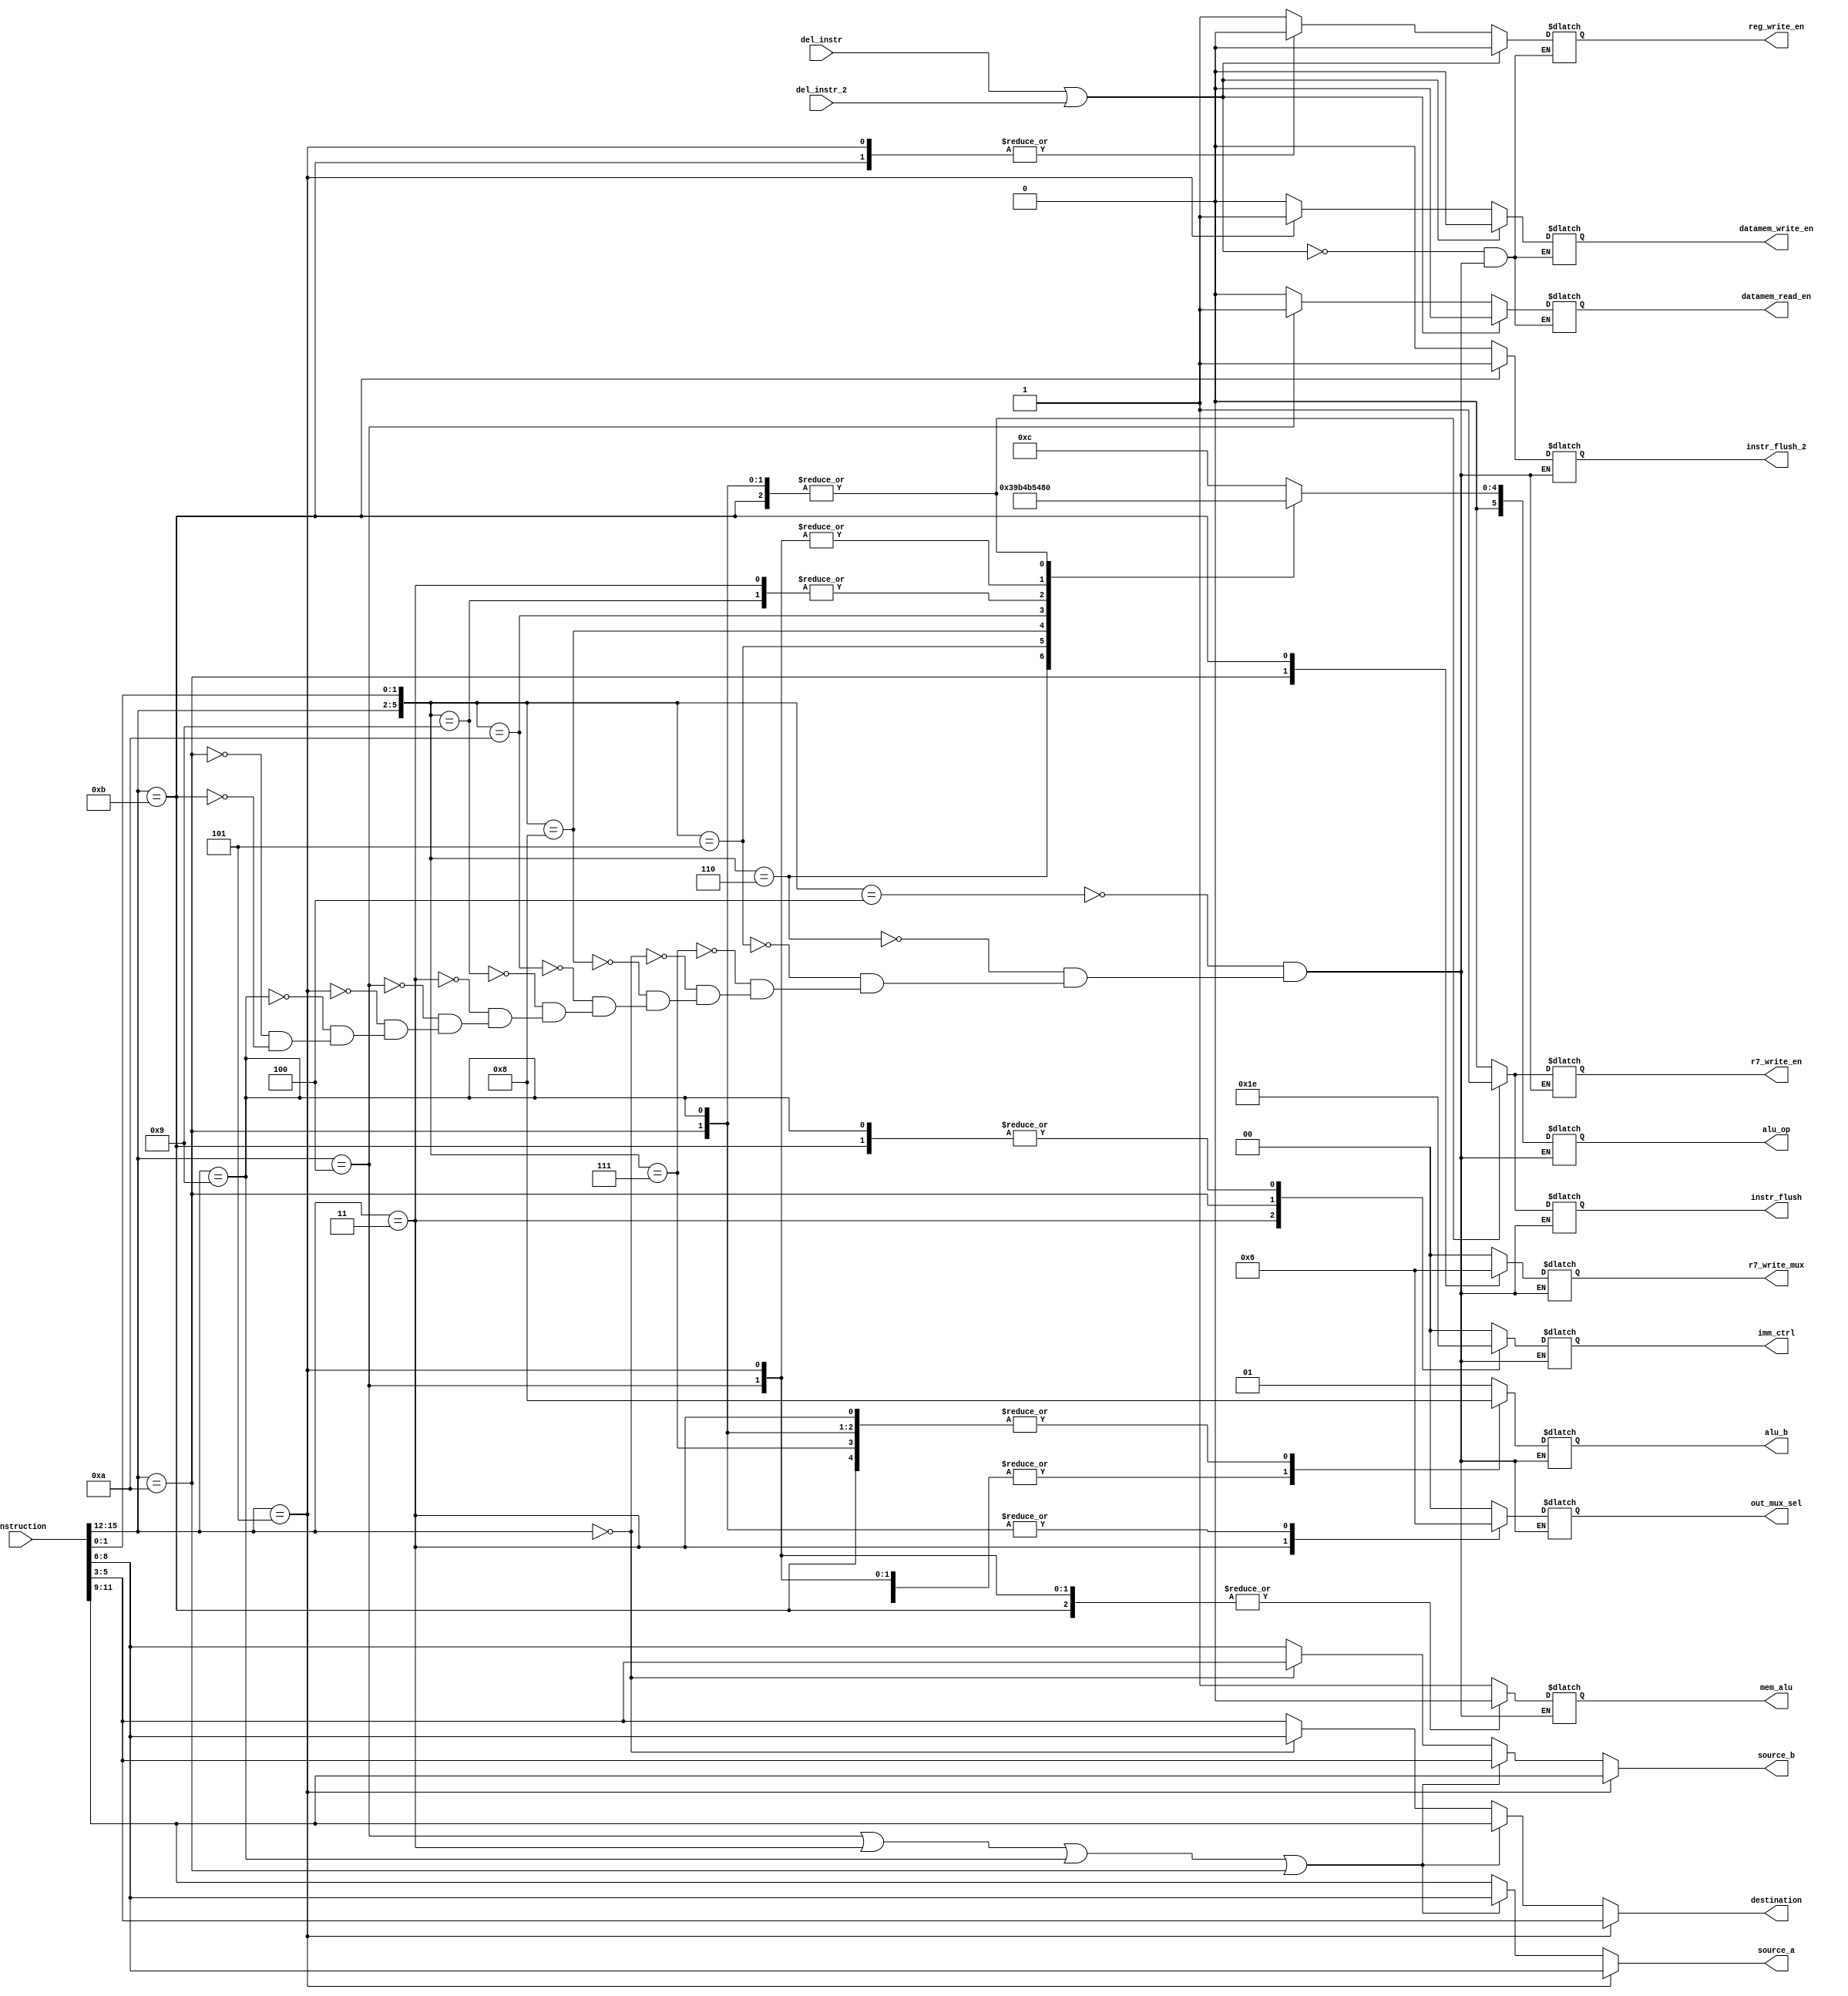
module instruction_decoder(instruction, destination, source_a, source_b, alu_b, reg_write_en, datamem_write_en, datamem_read_en, mem_alu, alu_op,imm_ctrl, out_mux_sel, r7_write_en, instr_flush, del_instr, r7_write_mux, instr_flush_2,del_instr_2);
	input [15:0] instruction;
	input del_instr, del_instr_2;
	output reg [2:0] destination, source_a, source_b;
	output reg reg_write_en, datamem_write_en, datamem_read_en, mem_alu, r7_write_en, instr_flush,instr_flush_2;
	output reg [5:0] alu_op;			//alu_op[5:4]- operation(add[00], nand[01], sub[10]), alu_op[3] - carry set, alu_op[2] - zero set, alu_op[1] - check carry, alu_op[0] - check zero
	output reg [1:0] alu_b, imm_ctrl, r7_write_mux;
	output reg [1:0] out_mux_sel;
	wire [5:0] alu_in;
	
	assign alu_in = {instruction[15:12],instruction[1:0]};
	
	always@(*) begin
	
		if(instruction[15:12] == 4'b0101) begin		// store
			destination = instruction[5:3];	//destination
			source_a = instruction[8:6];	//source a
			source_b = instruction[11:9];	//source b
		end
		else if ((instruction[15:12] == 4'b0100) | (instruction[15:12] == 4'b0011) | (instruction[15:12] == 4'b1001) | (instruction[15:12] == 4'b1010)) begin	//LHI, LW, JAL, JLR
			destination = instruction[11:9];	//destination
			source_a = instruction[8:6];	//source a
			source_b = instruction[5:3];	//source b
		end
		else if (instruction[15:12] == 4'b0000) begin	//ADI
			destination = instruction[8:6];	//destination
			source_a = instruction[11:9];	//source a
			source_b = instruction[5:3];	//source b
		end
		else begin		// ADD, ADC, ADZ, ADL, NDU, NDC, NDZ, JRI
			destination = instruction[5:3];	//destination
			source_a = instruction[11:9];	//source a
			source_b = instruction[8:6];	//source b
		end
		
	end
	
	always@(alu_in) begin
		casex(alu_in)
			6'b000100 : begin				//ADD
				alu_b <= 2'b01;
				reg_write_en <= 1'b1;
				datamem_read_en <= 1'b0;
				datamem_write_en <= 1'b0;
				mem_alu <= 1'b1;
				alu_op <= 6'b001100;
				imm_ctrl <= 2'b00;
				out_mux_sel <= 2'b00;
				r7_write_en <= 1'b0;
				instr_flush <= 1'b0;
				instr_flush_2 <= 1'b0;
				r7_write_mux <= 2'b00;
			end
			
			6'b000110 : begin				//ADC
				alu_b <= 2'b01;
				reg_write_en <= 1'b1;
				datamem_read_en <= 1'b0;
				datamem_write_en <= 1'b0;
				mem_alu <= 1'b1;
				alu_op <= 6'b001110;			// first two bits - operation, 3rd bit - carry modify, 4th bit - zero modify, // 5th and 6th bit - carry and zero check
				imm_ctrl <= 2'b00;
				out_mux_sel <= 2'b00;
				r7_write_en <= 1'b0;
				instr_flush <= 1'b0;
				instr_flush_2 <= 1'b0;
				r7_write_mux <= 2'b00;
			end
			
			6'b000101 : begin				//ADZ
				alu_b <= 2'b01;
				reg_write_en <= 1'b1;
				datamem_read_en <= 1'b0;
				datamem_write_en <= 1'b0;
				mem_alu <= 1'b1;
				alu_op <= 6'b001101;
				imm_ctrl <= 2'b00;
				out_mux_sel <= 2'b00;
				r7_write_en <= 1'b0;
				instr_flush <= 1'b0;
				instr_flush_2 <= 1'b0;
				r7_write_mux <= 2'b00;
			end
			
			6'b000111 : begin				//ADL
				alu_b <= 2'b00;
				reg_write_en <= 1'b1;
				datamem_read_en <= 1'b0;
				datamem_write_en <= 1'b0;
				mem_alu <= 1'b1;
				alu_op <= 6'b001100;
				imm_ctrl <= 2'b00;
				out_mux_sel <= 2'b00;
				r7_write_en <= 1'b0;
				instr_flush <= 1'b0;
				instr_flush_2 <= 1'b0;
				r7_write_mux <= 2'b00;
			end
			
			6'b0000xx: begin				//ADI
				alu_b <= 2'b10;
				reg_write_en <= 1'b1;
				datamem_read_en <= 1'b0;
				datamem_write_en <= 1'b0;
				mem_alu <= 1'b1;
				alu_op <= 6'b001100;
				imm_ctrl <= 2'b00; 
				out_mux_sel <= 2'b00;
				r7_write_en <= 1'b0;
				instr_flush <= 1'b0;
				instr_flush_2 <= 1'b0;
				r7_write_mux <= 2'b00;
			end
			
			6'b001000 : begin				//NDU
				alu_b <= 2'b01;
				reg_write_en <= 1'b1;
				datamem_read_en <= 1'b0;
				datamem_write_en <= 1'b0;
				mem_alu <= 1'b1;
				alu_op <= 6'b010100;
				imm_ctrl <= 2'b00;
				out_mux_sel <= 2'b00;
				r7_write_en <= 1'b0;
				instr_flush <= 1'b0;
				instr_flush_2 <= 1'b0;
				r7_write_mux <= 2'b00;
			end
			
			6'b001010 : begin				//NDC
				alu_b <= 2'b01;
				reg_write_en <= 1'b1;
				datamem_read_en <= 1'b0;
				datamem_write_en <= 1'b0;
				mem_alu <= 1'b1;
				alu_op <= 6'b010110;
				imm_ctrl <= 2'b00;
				out_mux_sel <= 2'b00;
				r7_write_en <= 1'b0;
				instr_flush <= 1'b0;
				instr_flush_2 <= 1'b0;
				r7_write_mux <= 2'b00;
			end
			
			6'b001001 : begin				//NDZ
				alu_b <= 2'b01;
				reg_write_en <= 1'b1;
				datamem_read_en <= 1'b0;
				datamem_write_en <= 1'b0;
				mem_alu <= 1'b1;
				alu_op <= 6'b010101;
				imm_ctrl <= 2'b00;
				out_mux_sel <= 2'b00;
				r7_write_en <= 1'b0;
				instr_flush <= 1'b0;
				instr_flush_2 <= 1'b0;
				r7_write_mux <= 2'b00;
			end
			
			6'b0011xx : begin				//LHI
				alu_b <= 2'b00;
				reg_write_en <= 1'b1;
				datamem_read_en <= 1'b0;
				datamem_write_en <= 1'b0;
				mem_alu <= 1'b1;
				alu_op <= 6'b010101;
				imm_ctrl <= 2'b01;
				out_mux_sel <= 2'b01;
				r7_write_en <= 1'b0;
				instr_flush <= 1'b0;
				instr_flush_2 <= 1'b0;
				r7_write_mux <= 2'b00;
			end
			
			6'b0100xx : begin			//LW
				alu_b <= 2'b10;
				reg_write_en <= 1'b1;
				datamem_read_en <= 1'b1;
				datamem_write_en <= 1'b0;
				mem_alu <= 1'b0;
				alu_op <= 6'b000100;
				imm_ctrl <= 2'b00;
				out_mux_sel <= 2'b00;
				r7_write_en <= 1'b0;
				instr_flush <= 1'b0;
				instr_flush_2 <= 1'b0;
				r7_write_mux <= 2'b00;
			end
			
			6'b0101xx : begin			//SW
				alu_b <= 2'b10;
				reg_write_en <= 1'b0;
				datamem_read_en <= 1'b0;
				datamem_write_en <= 1'b1;
				mem_alu <= 1'b0;
				alu_op <= 6'b000100;
				imm_ctrl <= 2'b00;
				out_mux_sel <= 2'b00;
				r7_write_en <= 1'b0;
				instr_flush <= 1'b0;
				instr_flush_2 <= 1'b0;
				r7_write_mux <= 2'b00;
			end
			
			6'b1001xx : begin			//JAL
				alu_b <= 2'b00;
				reg_write_en <= 1'b1;
				datamem_read_en <= 1'b0;
				datamem_write_en <= 1'b0;
				mem_alu <= 1'b1;
				alu_op <= 6'b000000;
				imm_ctrl <= 2'b10;
				out_mux_sel <= 2'b10;
				r7_write_en <= 1'b1;
				instr_flush <= 1'b1;
				instr_flush_2 <= 1'b0;
				r7_write_mux <= 2'b00;
			end
			
			6'b1010xx : begin			//JLR
				alu_b <= 2'b00;
				reg_write_en <= 1'b1;
				datamem_read_en <= 1'b0;
				datamem_write_en <= 1'b0;
				mem_alu <= 1'b1;
				alu_op <= 6'b000000;
				imm_ctrl <= 2'b11;
				out_mux_sel <= 2'b10;
				r7_write_en <= 1'b1;
				instr_flush <= 1'b1;
				instr_flush_2 <= 1'b0;
				r7_write_mux <= 2'b01;
			end
			
			6'b1011xx : begin			//JRI
				alu_b <= 2'b00;
				reg_write_en <= 1'b0;
				datamem_read_en <= 1'b0;
				datamem_write_en <= 1'b0;
				mem_alu <= 1'b0;
				alu_op <= 6'b000000;
				imm_ctrl <= 2'b10;
				out_mux_sel <= 2'b00;
				r7_write_en <= 1'b1;
				instr_flush <= 1'b1;
				instr_flush_2 <= 1'b1;
				r7_write_mux <= 2'b10;
			end
			
		endcase
		
		if((del_instr == 1'b1) | (del_instr_2 == 1'b1)) begin
			reg_write_en <= 1'b0;
			datamem_read_en <= 1'b0;
			datamem_write_en <= 1'b0;
		end
		
	end
		
endmodule